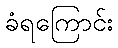
ခံရကြောင်း